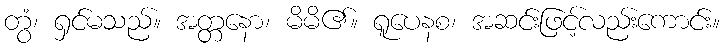
တွံ၊ ရှင်မသည်။ အတ္တနော၊ မိမိ၏။ ရူပေနစ၊ အဆင်းဖြင့်လည်းကောင်း။